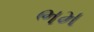
ભમ